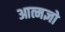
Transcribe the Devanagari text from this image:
आत्मज्ञो